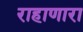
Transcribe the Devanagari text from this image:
राहाणारा